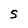
Character: 5